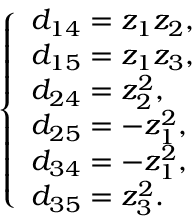
\left\{ \begin{array} { l l } { d _ { 1 4 } = z _ { 1 } z _ { 2 } , } \\ { d _ { 1 5 } = z _ { 1 } z _ { 3 } , } \\ { d _ { 2 4 } = z _ { 2 } ^ { 2 } , } \\ { d _ { 2 5 } = - z _ { 1 } ^ { 2 } , } \\ { d _ { 3 4 } = - z _ { 1 } ^ { 2 } , } \\ { d _ { 3 5 } = z _ { 3 } ^ { 2 } . } \end{array} \right.